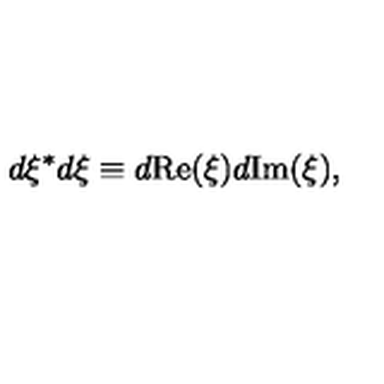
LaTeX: d \xi ^ { * } d \xi \equiv d \mathrm { R e } ( \xi ) d \mathrm { I m } ( \xi ) ,